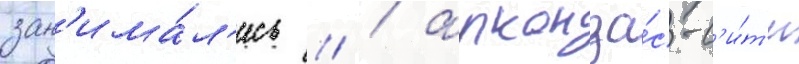
зан'има́л'ись // / арканза́с-с'и́т'и